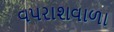
વપરાશવાળા